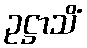
ဥဋ္ဌာသိံ